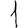
Digit: 1